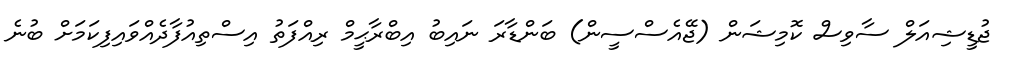
ޖުޑީޝިއަލް ސާވިސް ކޮމިޝަން (ޖޭއެސްސީން) ބަންޑާރަ ނައިބު އިބްރާޙީމް ރިއްފަތު އިސްތިއުފާދެއްވައިފިކަމަށް ބުނެ